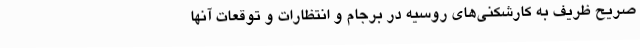
صریح ظریف به کارشکنی‌های روسیه در برجام و انتظارات و توقعات آنها